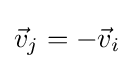
{\vec {v}}_{j}=-{\vec {v}}_{i}